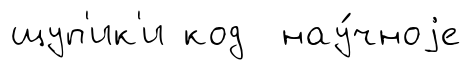
щуп'ик'и код нау́чноjе